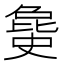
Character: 𣬐